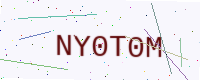
Text: NY0T0M